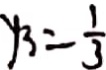
y _ { 3 } = \frac { 1 } { 3 }